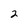
Character: 2